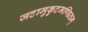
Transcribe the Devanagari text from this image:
जटामुकुटमण्डितम्‌